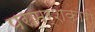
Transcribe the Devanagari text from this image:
परामर्शकारी